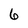
Character: 6